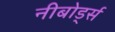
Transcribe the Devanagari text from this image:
नीबोर्ड्स